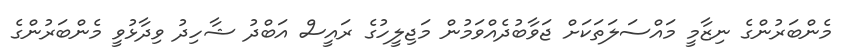
މެންބަރުންގެ ނިޒާމީ މައްސަލަތަކަށް ޖަވާބުދެއްވަމުން މަޖިލީހުގެ ރައީސް އަބްދު ޝާހިދު ވިދާޅުވީ މެންބަރުންގެ